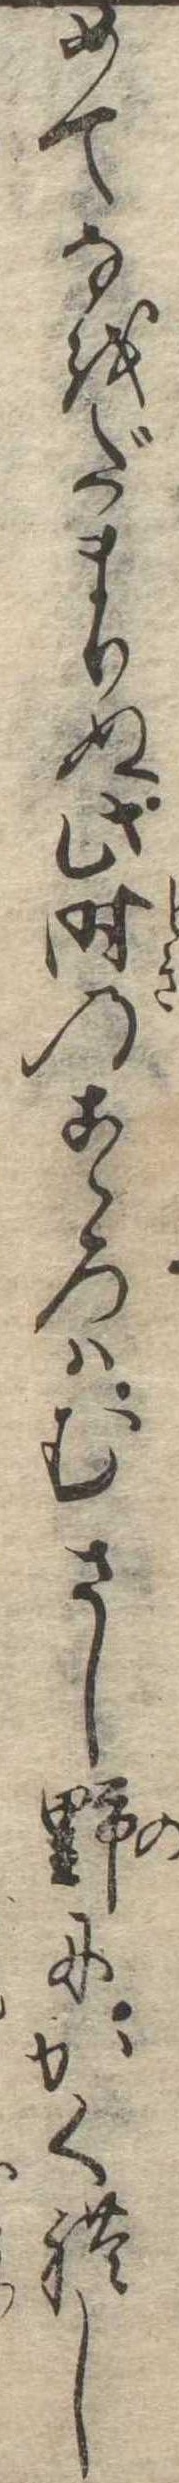
めてなをだまりぬ此時のこゝろはむさし野にかくれし